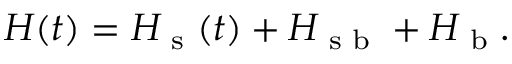
\begin{array} { r } { H ( t ) = H _ { \textrm { s } } ( t ) + H _ { \textrm { s b } } + H _ { \textrm { b } } . } \end{array}